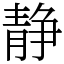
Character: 静